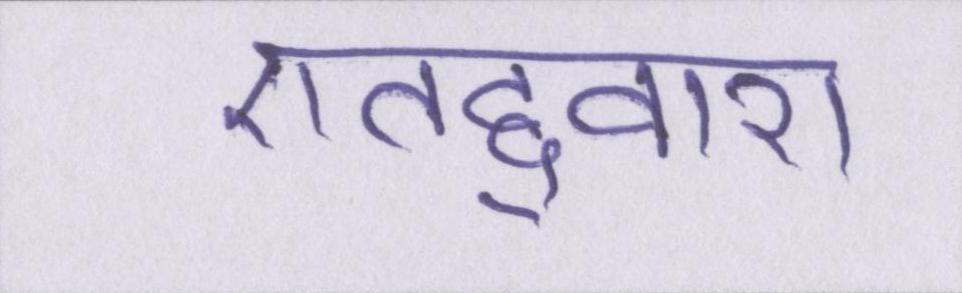
एतद्द्वारा